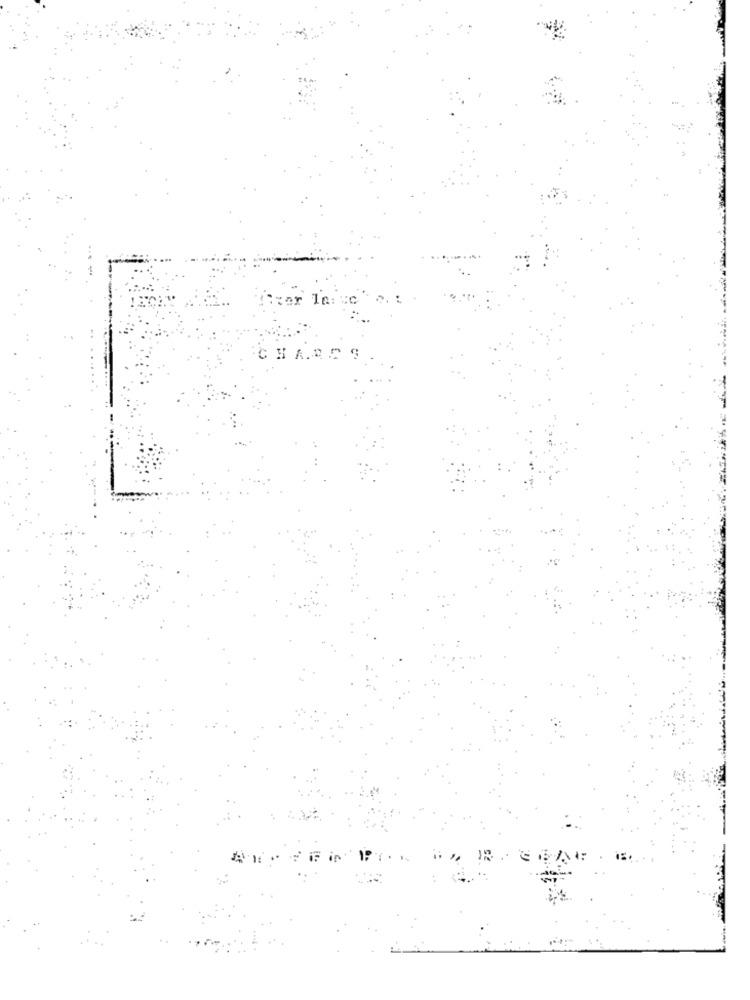
CHART